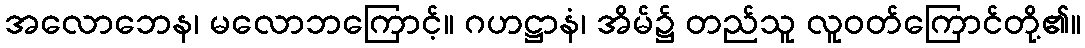
အလောဘေန၊ မလောဘကြောင့်။ ဂဟဋ္ဌာနံ၊ အိမ်၌ တည်သူ လူဝတ်ကြောင်တို့၏။